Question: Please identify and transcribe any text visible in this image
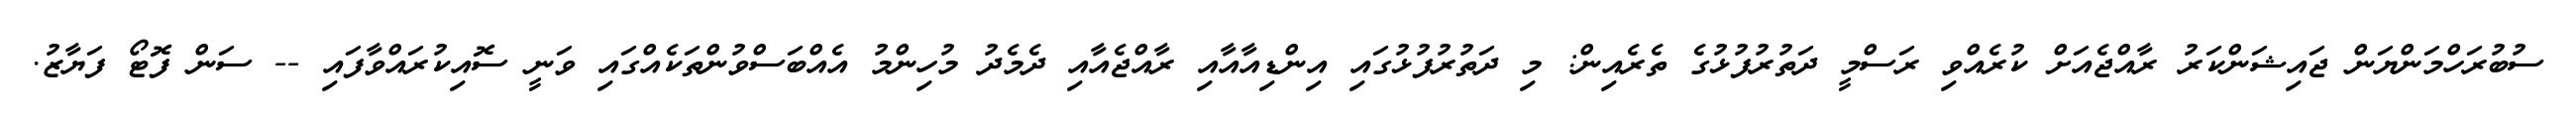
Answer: ސުބުރަހްމަންޔަން ޖައިޝަންކަރު ރާއްޖެއަށް ކުރެއްވި ރަސްމީ ދަތުރުފުޅުގެ ތެރެއިން: މި ދަތުރުފުޅުގައި އިންޑިއާއާއި ރާއްޖެއާއި ދެމެދު މުހިންމު އެއްބަސްވުންތަކެއްގައި ވަނީ ސޮއިކުރައްވާފައި -- ސަން ފޮޓޯ ފަޔާޒު.